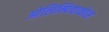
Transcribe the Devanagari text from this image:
ओलिम्पियाकोस